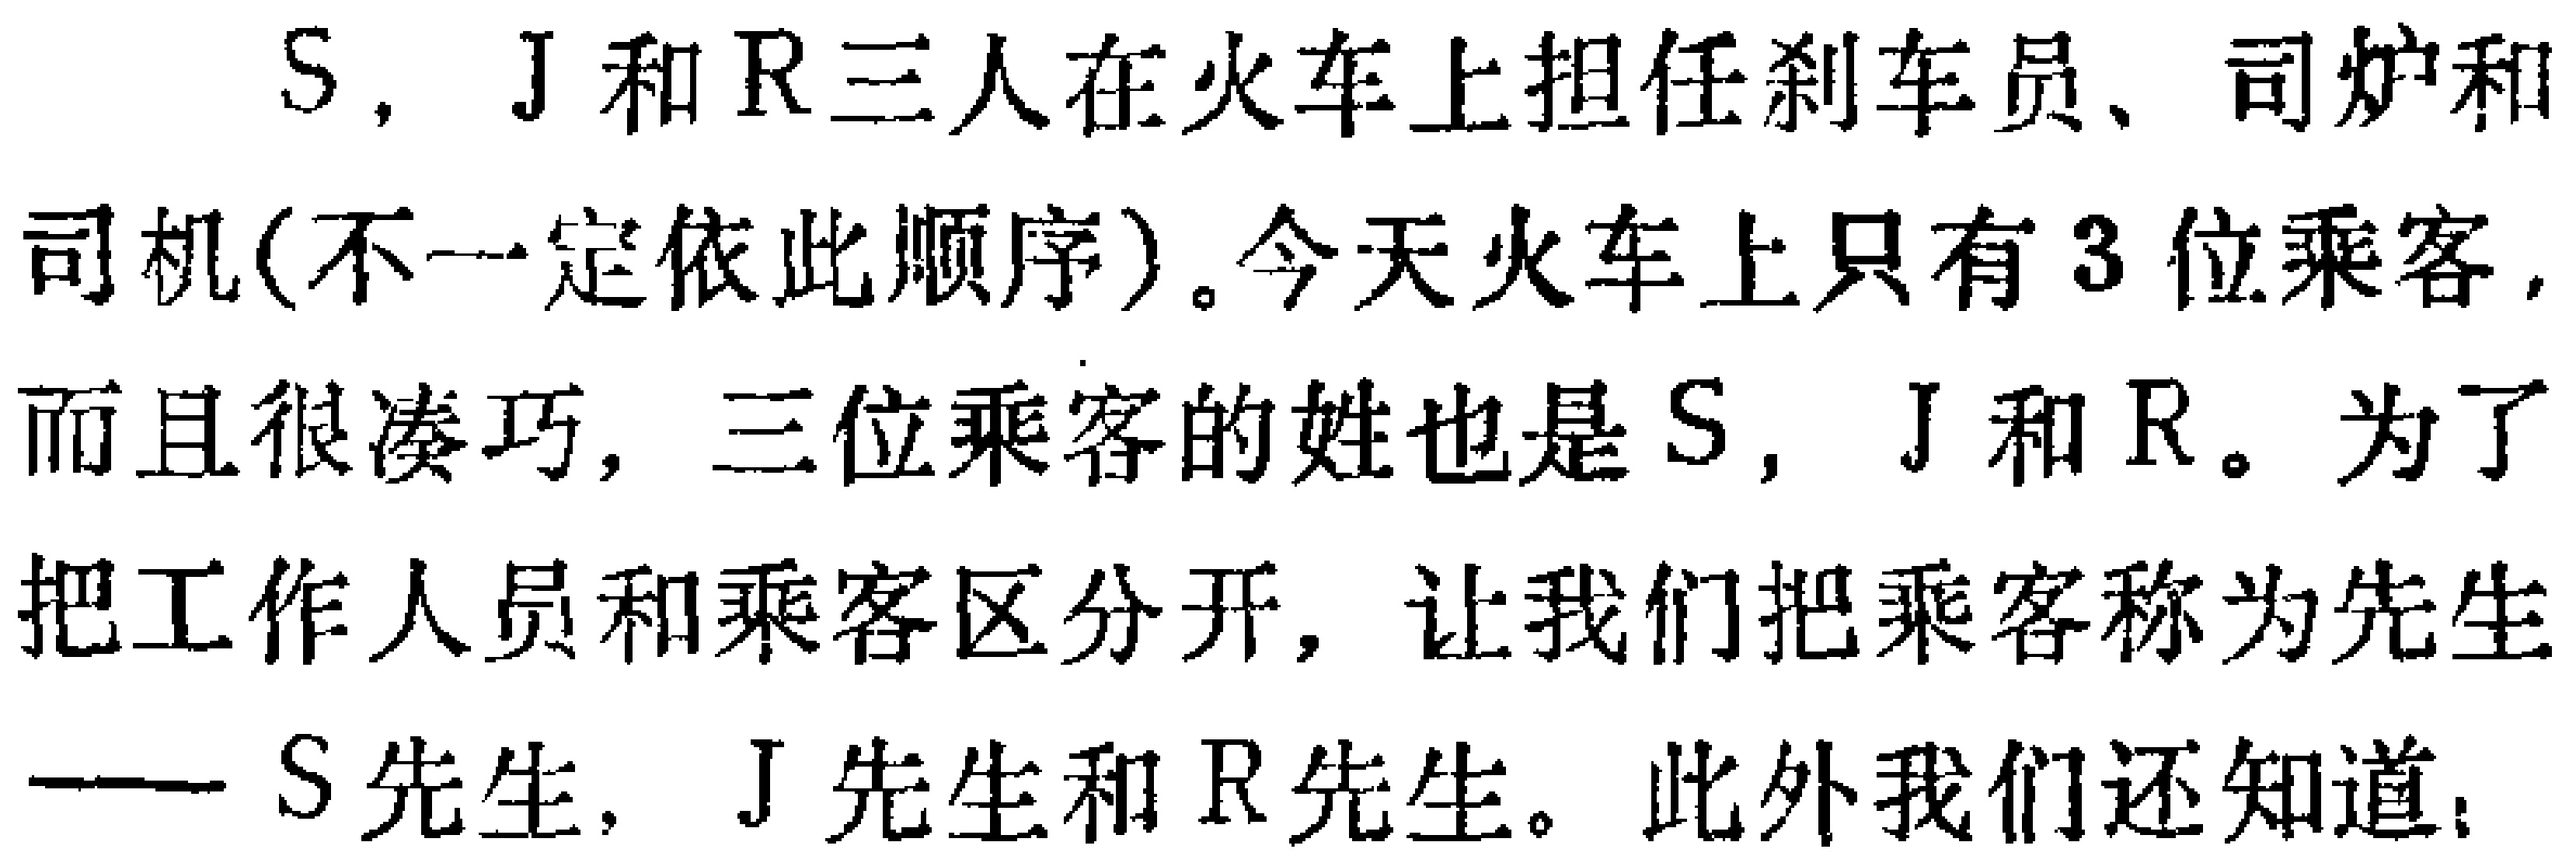
S，J和R三人在火车上担任刹车员、司炉和司机(不一定依此顺序)。今天火车上只有3位乘客，而且很凑巧，三位乘客的姓也是S，J和R。为了把工作人员和乘客区分开，让我们把乘客称为先生——S先生，J先生和R先生。此外我们还知道：